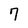
Character: 7